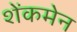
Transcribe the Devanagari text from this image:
शेंकमेन